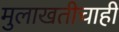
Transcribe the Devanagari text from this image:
मुलाखतीचाही